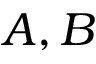
A , B